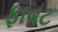
ફાવટ